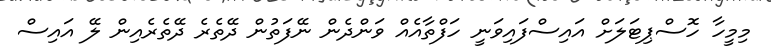
މިމީހާ ހޮސްޕިޓަލަށް އައިސްފައިވަނީ ހަފްތާއެއް ވަންދެން ނޭފަތުން ދޭތެރެ ދޭތެރެއިން ލޭ އައިސް